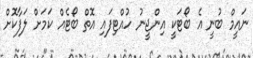
ނައީމް ބުނީ އެ ބޯޓަކީ އިންޖީނު ހުއްޓިފައި އޮތް ބޯޓެއް ކަމަށް ލަފާކޮށް